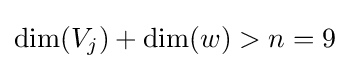
\dim(V_{j})+\dim(w)>n=9